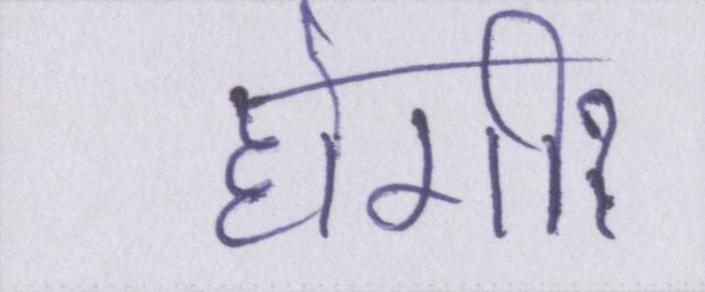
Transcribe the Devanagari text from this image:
होगीॽ